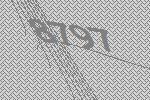
8797